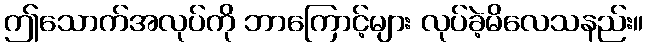
ဤသောက်အလုပ်ကို ဘာကြောင့်များ လုပ်ခဲ့မိလေသနည်း။